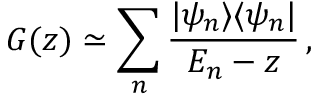
G ( z ) \simeq \sum _ { n } \frac { | \psi _ { n } \rangle \langle \psi _ { n } | } { E _ { n } - z } \, ,